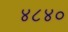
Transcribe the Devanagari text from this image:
४८४०